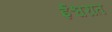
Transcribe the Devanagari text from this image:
ईश्वरात